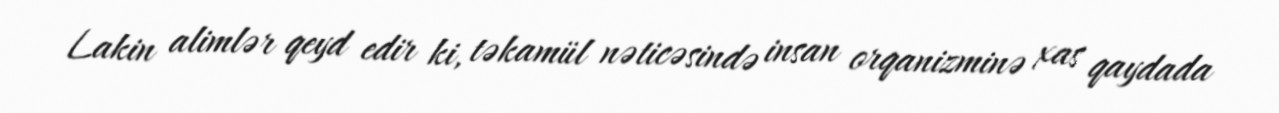
Lakin alimlər qeyd edir ki, təkamül nəticəsində insan orqanizminə xas qaydada